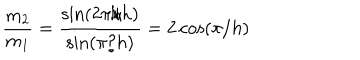
\frac { m _ { 2 } } { m _ { 1 } } = \frac { \sin ( 2 \pi / h ) } { \sin ( \pi / h ) } = 2 \cos ( \pi / h )